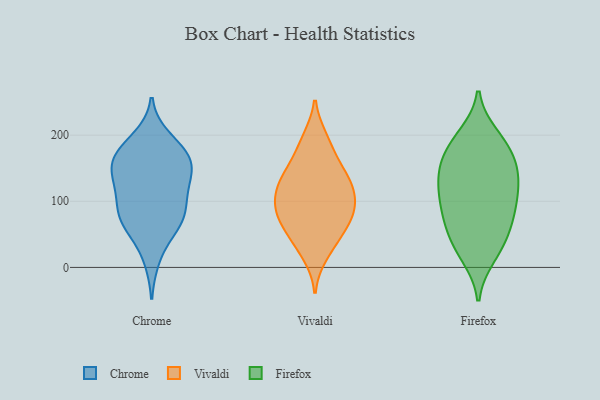
{"axis": {"x": "Revenue (USD Million)", "y": "Value"}, "legend": ["Chrome", "Firefox", "Vivaldi"], "data": [{"x": "", "y": 63, "type": "Chrome"}, {"x": "", "y": 169, "type": "Chrome"}, {"x": "", "y": 156, "type": "Chrome"}, {"x": "", "y": 110, "type": "Chrome"}, {"x": "", "y": 78, "type": "Chrome"}, {"x": "", "y": 161, "type": "Chrome"}, {"x": "", "y": 166, "type": "Chrome"}, {"x": "", "y": 145, "type": "Chrome"}, {"x": "", "y": 109, "type": "Chrome"}, {"x": "", "y": 182, "type": "Chrome"}, {"x": "", "y": 67, "type": "Chrome"}, {"x": "", "y": 84, "type": "Chrome"}, {"x": "", "y": 195, "type": "Chrome"}, {"x": "", "y": 123, "type": "Chrome"}, {"x": "", "y": 140, "type": "Chrome"}, {"x": "", "y": 65, "type": "Chrome"}, {"x": "", "y": 14, "type": "Chrome"}, {"x": "", "y": 36, "type": "Vivaldi"}, {"x": "", "y": 116, "type": "Vivaldi"}, {"x": "", "y": 46, "type": "Vivaldi"}, {"x": "", "y": 189, "type": "Vivaldi"}, {"x": "", "y": 99, "type": "Vivaldi"}, {"x": "", "y": 144, "type": "Vivaldi"}, {"x": "", "y": 79, "type": "Vivaldi"}, {"x": "", "y": 74, "type": "Vivaldi"}, {"x": "", "y": 72, "type": "Vivaldi"}, {"x": "", "y": 102, "type": "Vivaldi"}, {"x": "", "y": 161, "type": "Vivaldi"}, {"x": "", "y": 123, "type": "Vivaldi"}, {"x": "", "y": 19, "type": "Vivaldi"}, {"x": "", "y": 134, "type": "Vivaldi"}, {"x": "", "y": 68, "type": "Vivaldi"}, {"x": "", "y": 98, "type": "Vivaldi"}, {"x": "", "y": 195, "type": "Vivaldi"}, {"x": "", "y": 137, "type": "Vivaldi"}, {"x": "", "y": 156, "type": "Firefox"}, {"x": "", "y": 153, "type": "Firefox"}, {"x": "", "y": 194, "type": "Firefox"}, {"x": "", "y": 24, "type": "Firefox"}, {"x": "", "y": 106, "type": "Firefox"}, {"x": "", "y": 180, "type": "Firefox"}, {"x": "", "y": 17, "type": "Firefox"}, {"x": "", "y": 117, "type": "Firefox"}, {"x": "", "y": 138, "type": "Firefox"}, {"x": "", "y": 79, "type": "Firefox"}, {"x": "", "y": 68, "type": "Firefox"}, {"x": "", "y": 137, "type": "Firefox"}, {"x": "", "y": 176, "type": "Firefox"}, {"x": "", "y": 91, "type": "Firefox"}, {"x": "", "y": 44, "type": "Firefox"}, {"x": "", "y": 84, "type": "Firefox"}, {"x": "", "y": 45, "type": "Firefox"}, {"x": "", "y": 126, "type": "Firefox"}, {"x": "", "y": 199, "type": "Firefox"}]}